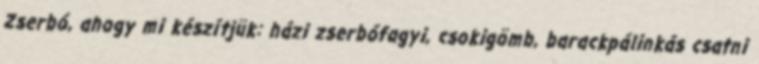
Zserbó, ahogy mi készítjük: házi zserbófagyi, csokigömb, barackpálinkás csatni